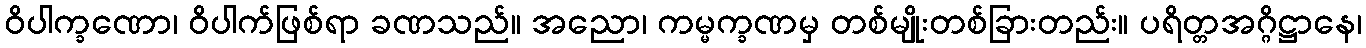
ဝိပါက္ခဏော၊ ဝိပါက်ဖြစ်ရာ ခဏသည်။ အညော၊ ကမ္မက္ခဏမှ တစ်မျိုးတစ်ခြားတည်း။ ပရိတ္တအဂ္ဂိဋ္ဌာနေ၊